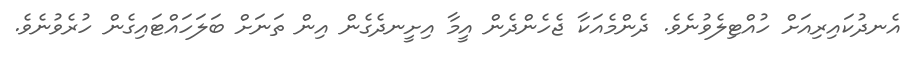
އެނދުކައިރިއަށް ހުއްޓިލެވުނެވެ. ދެންމެއަކާ ޖެހެންދެން އީމާ އިށީނދެގެން އިން ތަނަށް ބަލަހައްޓައިގެން ހުރެވުނެވެ.